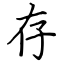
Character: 存